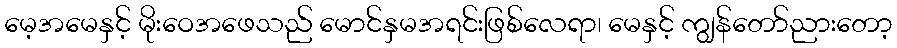
မေ့အမေနှင့် မိုးဝေအဖေသည် မောင်နှမအရင်းဖြစ်လေရာ၊ မေနှင့် ကျွန်တော်ညားတော့